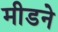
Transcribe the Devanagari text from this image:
मीडने